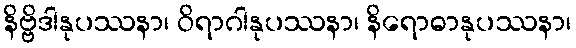
နိဗ္ဗိဒါနုပဿနာ၊ ဝိရာဂါနုပဿနာ၊ နိရောဓာနုပဿနာ၊